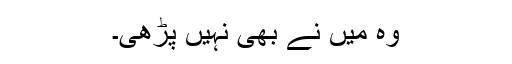
وہ میں نے بھی نہیں پڑھی۔